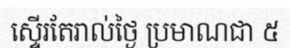
ស្ទើរតែរាល់ថ្ងៃ ប្រមាណជា ៥